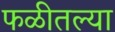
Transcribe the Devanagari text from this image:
फळीतल्या